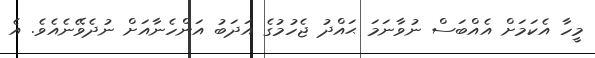
މީހާ އެކަމަށް އެއްބަސް ނުވާނަމަ ޙައްދު ޖެހުމުގެ އަދަބު އަންހެނާއަށް ނުދެވޭނެއެވެ. އެ